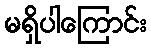
မရှိပါကြောင်း